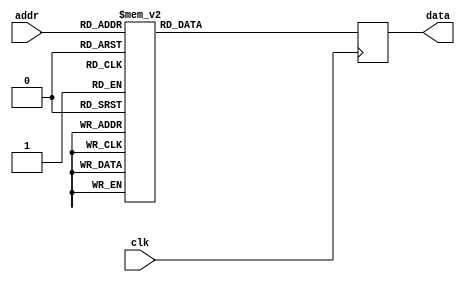
module mems_rom_9 (
    input clk,
    input [8:0] addr,
    // input [7:0] delta_A,
    // input [7:0] delta_B,
    // input [7:0] delta_C,
    // input [7:0] delta_D,
    output [23:0] data
  );
 
  reg [23:0] rom_data [481:0];
  reg [23:0] data_d, data_q;
 
  assign data = data_q;
 
  always @(*) begin

  // OLDVI STYLE
  // rom_data[0] = 24'b001010000000000000000001; // SOFT_RESET;
  // rom_data[1] = 24'b001101110011111111111111;//1111; // LDAC SETUP

  // rom_data[2] = {8'b00010000, delta_A, 8'b00011111}; // CH A
  // rom_data[3] = {8'b00010001, delta_B, 8'b00000000}; // CH B
  // rom_data[4] = {8'b00010010, delta_C, 8'b00011111}; // CH C
  // rom_data[5] = {8'b00010011, delta_D, 8'b00000000}; // CH D

  // NEW
    rom_data[0] = 24'b001010000000000000000001; // SOFT_RESET;
    rom_data[1] = 24'b001101110011111111110000;//1111; // LDAC SETUP

    // rom_data[2] = {8'b00000000, delta_A, 8'b00000000}; // CH A
    // rom_data[3] = {8'b00000001, delta_B, 8'b00000000}; // CH B
    // rom_data[4] = {8'b00000010, delta_C, 8'b00000000}; // CH C
    // rom_data[5] = {8'b00010011, delta_D, 8'b00000000}; // CH D

    rom_data[2]={8'b00000000,8'b01010000,8'b00000000};
    rom_data[6]={8'b00000000,8'b01011101,8'b00000000};
    rom_data[10]={8'b00000000,8'b01101001,8'b00000000};
    rom_data[14]={8'b00000000,8'b01110100,8'b00000000};
    rom_data[18]={8'b00000000,8'b01111110,8'b00000000};
    rom_data[22]={8'b00000000,8'b10000101,8'b00000000};
    rom_data[26]={8'b00000000,8'b10001010,8'b00000000};
    rom_data[30]={8'b00000000,8'b10001100,8'b00000000};
    rom_data[34]={8'b00000000,8'b10001011,8'b00000000};
    rom_data[38]={8'b00000000,8'b10001000,8'b00000000};
    rom_data[42]={8'b00000000,8'b10000010,8'b00000000};
    rom_data[46]={8'b00000000,8'b01111001,8'b00000000};
    rom_data[50]={8'b00000000,8'b01101111,8'b00000000};
    rom_data[54]={8'b00000000,8'b01100011,8'b00000000};
    rom_data[58]={8'b00000000,8'b01010110,8'b00000000};
    rom_data[62]={8'b00000000,8'b01001010,8'b00000000};
    rom_data[66]={8'b00000000,8'b00111101,8'b00000000};
    rom_data[70]={8'b00000000,8'b00110001,8'b00000000};
    rom_data[74]={8'b00000000,8'b00100111,8'b00000000};
    rom_data[78]={8'b00000000,8'b00011110,8'b00000000};
    rom_data[82]={8'b00000000,8'b00011000,8'b00000000};
    rom_data[86]={8'b00000000,8'b00010101,8'b00000000};
    rom_data[90]={8'b00000000,8'b00010100,8'b00000000};
    rom_data[94]={8'b00000000,8'b00010110,8'b00000000};
    rom_data[98]={8'b00000000,8'b00011011,8'b00000000};
    rom_data[102]={8'b00000000,8'b00100010,8'b00000000};
    rom_data[106]={8'b00000000,8'b00101100,8'b00000000};
    rom_data[110]={8'b00000000,8'b00110111,8'b00000000};
    rom_data[114]={8'b00000000,8'b01000011,8'b00000000};
    rom_data[118]={8'b00000000,8'b01010000,8'b00000000};
    rom_data[122]={8'b00000000,8'b01010000,8'b00000000};
    rom_data[126]={8'b00000000,8'b01011101,8'b00000000};
    rom_data[130]={8'b00000000,8'b01101001,8'b00000000};
    rom_data[134]={8'b00000000,8'b01110100,8'b00000000};
    rom_data[138]={8'b00000000,8'b01111110,8'b00000000};
    rom_data[142]={8'b00000000,8'b10000101,8'b00000000};
    rom_data[146]={8'b00000000,8'b10001010,8'b00000000};
    rom_data[150]={8'b00000000,8'b10001100,8'b00000000};
    rom_data[154]={8'b00000000,8'b10001011,8'b00000000};
    rom_data[158]={8'b00000000,8'b10001000,8'b00000000};
    rom_data[162]={8'b00000000,8'b10000010,8'b00000000};
    rom_data[166]={8'b00000000,8'b01111001,8'b00000000};
    rom_data[170]={8'b00000000,8'b01101111,8'b00000000};
    rom_data[174]={8'b00000000,8'b01100011,8'b00000000};
    rom_data[178]={8'b00000000,8'b01010110,8'b00000000};
    rom_data[182]={8'b00000000,8'b01001010,8'b00000000};
    rom_data[186]={8'b00000000,8'b00111101,8'b00000000};
    rom_data[190]={8'b00000000,8'b00110001,8'b00000000};
    rom_data[194]={8'b00000000,8'b00100111,8'b00000000};
    rom_data[198]={8'b00000000,8'b00011110,8'b00000000};
    rom_data[202]={8'b00000000,8'b00011000,8'b00000000};
    rom_data[206]={8'b00000000,8'b00010101,8'b00000000};
    rom_data[210]={8'b00000000,8'b00010100,8'b00000000};
    rom_data[214]={8'b00000000,8'b00010110,8'b00000000};
    rom_data[218]={8'b00000000,8'b00011011,8'b00000000};
    rom_data[222]={8'b00000000,8'b00100010,8'b00000000};
    rom_data[226]={8'b00000000,8'b00101100,8'b00000000};
    rom_data[230]={8'b00000000,8'b00110111,8'b00000000};
    rom_data[234]={8'b00000000,8'b01000011,8'b00000000};
    rom_data[238]={8'b00000000,8'b01010000,8'b00000000};
    rom_data[242]={8'b00000000,8'b01010000,8'b00000000};
    rom_data[246]={8'b00000000,8'b01011101,8'b00000000};
    rom_data[250]={8'b00000000,8'b01101001,8'b00000000};
    rom_data[254]={8'b00000000,8'b01110100,8'b00000000};
    rom_data[258]={8'b00000000,8'b01111110,8'b00000000};
    rom_data[262]={8'b00000000,8'b10000101,8'b00000000};
    rom_data[266]={8'b00000000,8'b10001010,8'b00000000};
    rom_data[270]={8'b00000000,8'b10001100,8'b00000000};
    rom_data[274]={8'b00000000,8'b10001011,8'b00000000};
    rom_data[278]={8'b00000000,8'b10001000,8'b00000000};
    rom_data[282]={8'b00000000,8'b10000010,8'b00000000};
    rom_data[286]={8'b00000000,8'b01111001,8'b00000000};
    rom_data[290]={8'b00000000,8'b01101111,8'b00000000};
    rom_data[294]={8'b00000000,8'b01100011,8'b00000000};
    rom_data[298]={8'b00000000,8'b01010110,8'b00000000};
    rom_data[302]={8'b00000000,8'b01001010,8'b00000000};
    rom_data[306]={8'b00000000,8'b00111101,8'b00000000};
    rom_data[310]={8'b00000000,8'b00110001,8'b00000000};
    rom_data[314]={8'b00000000,8'b00100111,8'b00000000};
    rom_data[318]={8'b00000000,8'b00011110,8'b00000000};
    rom_data[322]={8'b00000000,8'b00011000,8'b00000000};
    rom_data[326]={8'b00000000,8'b00010101,8'b00000000};
    rom_data[330]={8'b00000000,8'b00010100,8'b00000000};
    rom_data[334]={8'b00000000,8'b00010110,8'b00000000};
    rom_data[338]={8'b00000000,8'b00011011,8'b00000000};
    rom_data[342]={8'b00000000,8'b00100010,8'b00000000};
    rom_data[346]={8'b00000000,8'b00101100,8'b00000000};
    rom_data[350]={8'b00000000,8'b00110111,8'b00000000};
    rom_data[354]={8'b00000000,8'b01000011,8'b00000000};
    rom_data[358]={8'b00000000,8'b01010000,8'b00000000};
    rom_data[362]={8'b00000000,8'b01010000,8'b00000000};
    rom_data[366]={8'b00000000,8'b01011101,8'b00000000};
    rom_data[370]={8'b00000000,8'b01101001,8'b00000000};
    rom_data[374]={8'b00000000,8'b01110100,8'b00000000};
    rom_data[378]={8'b00000000,8'b01111110,8'b00000000};
    rom_data[382]={8'b00000000,8'b10000101,8'b00000000};
    rom_data[386]={8'b00000000,8'b10001010,8'b00000000};
    rom_data[390]={8'b00000000,8'b10001100,8'b00000000};
    rom_data[394]={8'b00000000,8'b10001011,8'b00000000};
    rom_data[398]={8'b00000000,8'b10001000,8'b00000000};
    rom_data[402]={8'b00000000,8'b10000010,8'b00000000};
    rom_data[406]={8'b00000000,8'b01111001,8'b00000000};
    rom_data[410]={8'b00000000,8'b01101111,8'b00000000};
    rom_data[414]={8'b00000000,8'b01100011,8'b00000000};
    rom_data[418]={8'b00000000,8'b01010110,8'b00000000};
    rom_data[422]={8'b00000000,8'b01001010,8'b00000000};
    rom_data[426]={8'b00000000,8'b00111101,8'b00000000};
    rom_data[430]={8'b00000000,8'b00110001,8'b00000000};
    rom_data[434]={8'b00000000,8'b00100111,8'b00000000};
    rom_data[438]={8'b00000000,8'b00011110,8'b00000000};
    rom_data[442]={8'b00000000,8'b00011000,8'b00000000};
    rom_data[446]={8'b00000000,8'b00010101,8'b00000000};
    rom_data[450]={8'b00000000,8'b00010100,8'b00000000};
    rom_data[454]={8'b00000000,8'b00010110,8'b00000000};
    rom_data[458]={8'b00000000,8'b00011011,8'b00000000};
    rom_data[462]={8'b00000000,8'b00100010,8'b00000000};
    rom_data[466]={8'b00000000,8'b00101100,8'b00000000};
    rom_data[470]={8'b00000000,8'b00110111,8'b00000000};
    rom_data[474]={8'b00000000,8'b01000011,8'b00000000};
    rom_data[478]={8'b00000000,8'b01010000,8'b00000000};
    rom_data[3]={8'b00000001,8'b01010000,8'b00000000};
    rom_data[7]={8'b00000001,8'b01000011,8'b00000000};
    rom_data[11]={8'b00000001,8'b00110111,8'b00000000};
    rom_data[15]={8'b00000001,8'b00101100,8'b00000000};
    rom_data[19]={8'b00000001,8'b00100010,8'b00000000};
    rom_data[23]={8'b00000001,8'b00011011,8'b00000000};
    rom_data[27]={8'b00000001,8'b00010110,8'b00000000};
    rom_data[31]={8'b00000001,8'b00010100,8'b00000000};
    rom_data[35]={8'b00000001,8'b00010101,8'b00000000};
    rom_data[39]={8'b00000001,8'b00011000,8'b00000000};
    rom_data[43]={8'b00000001,8'b00011110,8'b00000000};
    rom_data[47]={8'b00000001,8'b00100111,8'b00000000};
    rom_data[51]={8'b00000001,8'b00110001,8'b00000000};
    rom_data[55]={8'b00000001,8'b00111101,8'b00000000};
    rom_data[59]={8'b00000001,8'b01001010,8'b00000000};
    rom_data[63]={8'b00000001,8'b01010110,8'b00000000};
    rom_data[67]={8'b00000001,8'b01100011,8'b00000000};
    rom_data[71]={8'b00000001,8'b01101111,8'b00000000};
    rom_data[75]={8'b00000001,8'b01111001,8'b00000000};
    rom_data[79]={8'b00000001,8'b10000010,8'b00000000};
    rom_data[83]={8'b00000001,8'b10001000,8'b00000000};
    rom_data[87]={8'b00000001,8'b10001011,8'b00000000};
    rom_data[91]={8'b00000001,8'b10001100,8'b00000000};
    rom_data[95]={8'b00000001,8'b10001010,8'b00000000};
    rom_data[99]={8'b00000001,8'b10000101,8'b00000000};
    rom_data[103]={8'b00000001,8'b01111110,8'b00000000};
    rom_data[107]={8'b00000001,8'b01110100,8'b00000000};
    rom_data[111]={8'b00000001,8'b01101001,8'b00000000};
    rom_data[115]={8'b00000001,8'b01011101,8'b00000000};
    rom_data[119]={8'b00000001,8'b01010000,8'b00000000};
    rom_data[123]={8'b00000001,8'b01010000,8'b00000000};
    rom_data[127]={8'b00000001,8'b01000011,8'b00000000};
    rom_data[131]={8'b00000001,8'b00110111,8'b00000000};
    rom_data[135]={8'b00000001,8'b00101100,8'b00000000};
    rom_data[139]={8'b00000001,8'b00100010,8'b00000000};
    rom_data[143]={8'b00000001,8'b00011011,8'b00000000};
    rom_data[147]={8'b00000001,8'b00010110,8'b00000000};
    rom_data[151]={8'b00000001,8'b00010100,8'b00000000};
    rom_data[155]={8'b00000001,8'b00010101,8'b00000000};
    rom_data[159]={8'b00000001,8'b00011000,8'b00000000};
    rom_data[163]={8'b00000001,8'b00011110,8'b00000000};
    rom_data[167]={8'b00000001,8'b00100111,8'b00000000};
    rom_data[171]={8'b00000001,8'b00110001,8'b00000000};
    rom_data[175]={8'b00000001,8'b00111101,8'b00000000};
    rom_data[179]={8'b00000001,8'b01001010,8'b00000000};
    rom_data[183]={8'b00000001,8'b01010110,8'b00000000};
    rom_data[187]={8'b00000001,8'b01100011,8'b00000000};
    rom_data[191]={8'b00000001,8'b01101111,8'b00000000};
    rom_data[195]={8'b00000001,8'b01111001,8'b00000000};
    rom_data[199]={8'b00000001,8'b10000010,8'b00000000};
    rom_data[203]={8'b00000001,8'b10001000,8'b00000000};
    rom_data[207]={8'b00000001,8'b10001011,8'b00000000};
    rom_data[211]={8'b00000001,8'b10001100,8'b00000000};
    rom_data[215]={8'b00000001,8'b10001010,8'b00000000};
    rom_data[219]={8'b00000001,8'b10000101,8'b00000000};
    rom_data[223]={8'b00000001,8'b01111110,8'b00000000};
    rom_data[227]={8'b00000001,8'b01110100,8'b00000000};
    rom_data[231]={8'b00000001,8'b01101001,8'b00000000};
    rom_data[235]={8'b00000001,8'b01011101,8'b00000000};
    rom_data[239]={8'b00000001,8'b01010000,8'b00000000};
    rom_data[243]={8'b00000001,8'b01010000,8'b00000000};
    rom_data[247]={8'b00000001,8'b01000011,8'b00000000};
    rom_data[251]={8'b00000001,8'b00110111,8'b00000000};
    rom_data[255]={8'b00000001,8'b00101100,8'b00000000};
    rom_data[259]={8'b00000001,8'b00100010,8'b00000000};
    rom_data[263]={8'b00000001,8'b00011011,8'b00000000};
    rom_data[267]={8'b00000001,8'b00010110,8'b00000000};
    rom_data[271]={8'b00000001,8'b00010100,8'b00000000};
    rom_data[275]={8'b00000001,8'b00010101,8'b00000000};
    rom_data[279]={8'b00000001,8'b00011000,8'b00000000};
    rom_data[283]={8'b00000001,8'b00011110,8'b00000000};
    rom_data[287]={8'b00000001,8'b00100111,8'b00000000};
    rom_data[291]={8'b00000001,8'b00110001,8'b00000000};
    rom_data[295]={8'b00000001,8'b00111101,8'b00000000};
    rom_data[299]={8'b00000001,8'b01001010,8'b00000000};
    rom_data[303]={8'b00000001,8'b01010110,8'b00000000};
    rom_data[307]={8'b00000001,8'b01100011,8'b00000000};
    rom_data[311]={8'b00000001,8'b01101111,8'b00000000};
    rom_data[315]={8'b00000001,8'b01111001,8'b00000000};
    rom_data[319]={8'b00000001,8'b10000010,8'b00000000};
    rom_data[323]={8'b00000001,8'b10001000,8'b00000000};
    rom_data[327]={8'b00000001,8'b10001011,8'b00000000};
    rom_data[331]={8'b00000001,8'b10001100,8'b00000000};
    rom_data[335]={8'b00000001,8'b10001010,8'b00000000};
    rom_data[339]={8'b00000001,8'b10000101,8'b00000000};
    rom_data[343]={8'b00000001,8'b01111110,8'b00000000};
    rom_data[347]={8'b00000001,8'b01110100,8'b00000000};
    rom_data[351]={8'b00000001,8'b01101001,8'b00000000};
    rom_data[355]={8'b00000001,8'b01011101,8'b00000000};
    rom_data[359]={8'b00000001,8'b01010000,8'b00000000};
    rom_data[363]={8'b00000001,8'b01010000,8'b00000000};
    rom_data[367]={8'b00000001,8'b01000011,8'b00000000};
    rom_data[371]={8'b00000001,8'b00110111,8'b00000000};
    rom_data[375]={8'b00000001,8'b00101100,8'b00000000};
    rom_data[379]={8'b00000001,8'b00100010,8'b00000000};
    rom_data[383]={8'b00000001,8'b00011011,8'b00000000};
    rom_data[387]={8'b00000001,8'b00010110,8'b00000000};
    rom_data[391]={8'b00000001,8'b00010100,8'b00000000};
    rom_data[395]={8'b00000001,8'b00010101,8'b00000000};
    rom_data[399]={8'b00000001,8'b00011000,8'b00000000};
    rom_data[403]={8'b00000001,8'b00011110,8'b00000000};
    rom_data[407]={8'b00000001,8'b00100111,8'b00000000};
    rom_data[411]={8'b00000001,8'b00110001,8'b00000000};
    rom_data[415]={8'b00000001,8'b00111101,8'b00000000};
    rom_data[419]={8'b00000001,8'b01001010,8'b00000000};
    rom_data[423]={8'b00000001,8'b01010110,8'b00000000};
    rom_data[427]={8'b00000001,8'b01100011,8'b00000000};
    rom_data[431]={8'b00000001,8'b01101111,8'b00000000};
    rom_data[435]={8'b00000001,8'b01111001,8'b00000000};
    rom_data[439]={8'b00000001,8'b10000010,8'b00000000};
    rom_data[443]={8'b00000001,8'b10001000,8'b00000000};
    rom_data[447]={8'b00000001,8'b10001011,8'b00000000};
    rom_data[451]={8'b00000001,8'b10001100,8'b00000000};
    rom_data[455]={8'b00000001,8'b10001010,8'b00000000};
    rom_data[459]={8'b00000001,8'b10000101,8'b00000000};
    rom_data[463]={8'b00000001,8'b01111110,8'b00000000};
    rom_data[467]={8'b00000001,8'b01110100,8'b00000000};
    rom_data[471]={8'b00000001,8'b01101001,8'b00000000};
    rom_data[475]={8'b00000001,8'b01011101,8'b00000000};
    rom_data[479]={8'b00000001,8'b01010000,8'b00000000};
    rom_data[4]={8'b00000010,8'b00010100,8'b00000000};
    rom_data[8]={8'b00000010,8'b00010101,8'b00000000};
    rom_data[12]={8'b00000010,8'b00010110,8'b00000000};
    rom_data[16]={8'b00000010,8'b00010111,8'b00000000};
    rom_data[20]={8'b00000010,8'b00011000,8'b00000000};
    rom_data[24]={8'b00000010,8'b00011001,8'b00000000};
    rom_data[28]={8'b00000010,8'b00011010,8'b00000000};
    rom_data[32]={8'b00000010,8'b00011011,8'b00000000};
    rom_data[36]={8'b00000010,8'b00011100,8'b00000000};
    rom_data[40]={8'b00000010,8'b00011101,8'b00000000};
    rom_data[44]={8'b00000010,8'b00011110,8'b00000000};
    rom_data[48]={8'b00000010,8'b00011111,8'b00000000};
    rom_data[52]={8'b00000010,8'b00100000,8'b00000000};
    rom_data[56]={8'b00000010,8'b00100001,8'b00000000};
    rom_data[60]={8'b00000010,8'b00100010,8'b00000000};
    rom_data[64]={8'b00000010,8'b00100011,8'b00000000};
    rom_data[68]={8'b00000010,8'b00100100,8'b00000000};
    rom_data[72]={8'b00000010,8'b00100101,8'b00000000};
    rom_data[76]={8'b00000010,8'b00100110,8'b00000000};
    rom_data[80]={8'b00000010,8'b00100111,8'b00000000};
    rom_data[84]={8'b00000010,8'b00101000,8'b00000000};
    rom_data[88]={8'b00000010,8'b00101001,8'b00000000};
    rom_data[92]={8'b00000010,8'b00101010,8'b00000000};
    rom_data[96]={8'b00000010,8'b00101011,8'b00000000};
    rom_data[100]={8'b00000010,8'b00101100,8'b00000000};
    rom_data[104]={8'b00000010,8'b00101101,8'b00000000};
    rom_data[108]={8'b00000010,8'b00101110,8'b00000000};
    rom_data[112]={8'b00000010,8'b00101111,8'b00000000};
    rom_data[116]={8'b00000010,8'b00110000,8'b00000000};
    rom_data[120]={8'b00000010,8'b00110001,8'b00000000};
    rom_data[124]={8'b00000010,8'b00110010,8'b00000000};
    rom_data[128]={8'b00000010,8'b00110011,8'b00000000};
    rom_data[132]={8'b00000010,8'b00110100,8'b00000000};
    rom_data[136]={8'b00000010,8'b00110101,8'b00000000};
    rom_data[140]={8'b00000010,8'b00110110,8'b00000000};
    rom_data[144]={8'b00000010,8'b00110111,8'b00000000};
    rom_data[148]={8'b00000010,8'b00111000,8'b00000000};
    rom_data[152]={8'b00000010,8'b00111001,8'b00000000};
    rom_data[156]={8'b00000010,8'b00111010,8'b00000000};
    rom_data[160]={8'b00000010,8'b00111011,8'b00000000};
    rom_data[164]={8'b00000010,8'b00111100,8'b00000000};
    rom_data[168]={8'b00000010,8'b00111101,8'b00000000};
    rom_data[172]={8'b00000010,8'b00111110,8'b00000000};
    rom_data[176]={8'b00000010,8'b00111111,8'b00000000};
    rom_data[180]={8'b00000010,8'b01000000,8'b00000000};
    rom_data[184]={8'b00000010,8'b01000001,8'b00000000};
    rom_data[188]={8'b00000010,8'b01000010,8'b00000000};
    rom_data[192]={8'b00000010,8'b01000011,8'b00000000};
    rom_data[196]={8'b00000010,8'b01000100,8'b00000000};
    rom_data[200]={8'b00000010,8'b01000101,8'b00000000};
    rom_data[204]={8'b00000010,8'b01000110,8'b00000000};
    rom_data[208]={8'b00000010,8'b01000111,8'b00000000};
    rom_data[212]={8'b00000010,8'b01001000,8'b00000000};
    rom_data[216]={8'b00000010,8'b01001001,8'b00000000};
    rom_data[220]={8'b00000010,8'b01001010,8'b00000000};
    rom_data[224]={8'b00000010,8'b01001011,8'b00000000};
    rom_data[228]={8'b00000010,8'b01001100,8'b00000000};
    rom_data[232]={8'b00000010,8'b01001101,8'b00000000};
    rom_data[236]={8'b00000010,8'b01001110,8'b00000000};
    rom_data[240]={8'b00000010,8'b01001111,8'b00000000};
    rom_data[244]={8'b00000010,8'b01010001,8'b00000000};
    rom_data[248]={8'b00000010,8'b01010010,8'b00000000};
    rom_data[252]={8'b00000010,8'b01010011,8'b00000000};
    rom_data[256]={8'b00000010,8'b01010100,8'b00000000};
    rom_data[260]={8'b00000010,8'b01010101,8'b00000000};
    rom_data[264]={8'b00000010,8'b01010110,8'b00000000};
    rom_data[268]={8'b00000010,8'b01010111,8'b00000000};
    rom_data[272]={8'b00000010,8'b01011000,8'b00000000};
    rom_data[276]={8'b00000010,8'b01011001,8'b00000000};
    rom_data[280]={8'b00000010,8'b01011010,8'b00000000};
    rom_data[284]={8'b00000010,8'b01011011,8'b00000000};
    rom_data[288]={8'b00000010,8'b01011100,8'b00000000};
    rom_data[292]={8'b00000010,8'b01011101,8'b00000000};
    rom_data[296]={8'b00000010,8'b01011110,8'b00000000};
    rom_data[300]={8'b00000010,8'b01011111,8'b00000000};
    rom_data[304]={8'b00000010,8'b01100000,8'b00000000};
    rom_data[308]={8'b00000010,8'b01100001,8'b00000000};
    rom_data[312]={8'b00000010,8'b01100010,8'b00000000};
    rom_data[316]={8'b00000010,8'b01100011,8'b00000000};
    rom_data[320]={8'b00000010,8'b01100100,8'b00000000};
    rom_data[324]={8'b00000010,8'b01100101,8'b00000000};
    rom_data[328]={8'b00000010,8'b01100110,8'b00000000};
    rom_data[332]={8'b00000010,8'b01100111,8'b00000000};
    rom_data[336]={8'b00000010,8'b01101000,8'b00000000};
    rom_data[340]={8'b00000010,8'b01101001,8'b00000000};
    rom_data[344]={8'b00000010,8'b01101010,8'b00000000};
    rom_data[348]={8'b00000010,8'b01101011,8'b00000000};
    rom_data[352]={8'b00000010,8'b01101100,8'b00000000};
    rom_data[356]={8'b00000010,8'b01101101,8'b00000000};
    rom_data[360]={8'b00000010,8'b01101110,8'b00000000};
    rom_data[364]={8'b00000010,8'b01101111,8'b00000000};
    rom_data[368]={8'b00000010,8'b01110000,8'b00000000};
    rom_data[372]={8'b00000010,8'b01110001,8'b00000000};
    rom_data[376]={8'b00000010,8'b01110010,8'b00000000};
    rom_data[380]={8'b00000010,8'b01110011,8'b00000000};
    rom_data[384]={8'b00000010,8'b01110100,8'b00000000};
    rom_data[388]={8'b00000010,8'b01110101,8'b00000000};
    rom_data[392]={8'b00000010,8'b01110110,8'b00000000};
    rom_data[396]={8'b00000010,8'b01110111,8'b00000000};
    rom_data[400]={8'b00000010,8'b01111000,8'b00000000};
    rom_data[404]={8'b00000010,8'b01111001,8'b00000000};
    rom_data[408]={8'b00000010,8'b01111010,8'b00000000};
    rom_data[412]={8'b00000010,8'b01111011,8'b00000000};
    rom_data[416]={8'b00000010,8'b01111100,8'b00000000};
    rom_data[420]={8'b00000010,8'b01111101,8'b00000000};
    rom_data[424]={8'b00000010,8'b01111110,8'b00000000};
    rom_data[428]={8'b00000010,8'b01111111,8'b00000000};
    rom_data[432]={8'b00000010,8'b10000000,8'b00000000};
    rom_data[436]={8'b00000010,8'b10000001,8'b00000000};
    rom_data[440]={8'b00000010,8'b10000010,8'b00000000};
    rom_data[444]={8'b00000010,8'b10000011,8'b00000000};
    rom_data[448]={8'b00000010,8'b10000100,8'b00000000};
    rom_data[452]={8'b00000010,8'b10000101,8'b00000000};
    rom_data[456]={8'b00000010,8'b10000110,8'b00000000};
    rom_data[460]={8'b00000010,8'b10000111,8'b00000000};
    rom_data[464]={8'b00000010,8'b10001000,8'b00000000};
    rom_data[468]={8'b00000010,8'b10001001,8'b00000000};
    rom_data[472]={8'b00000010,8'b10001010,8'b00000000};
    rom_data[476]={8'b00000010,8'b10001011,8'b00000000};
    rom_data[480]={8'b00000010,8'b10001100,8'b00000000};
    rom_data[5]={8'b00010011,8'b10001100,8'b00000000};
    rom_data[9]={8'b00010011,8'b10001011,8'b00000000};
    rom_data[13]={8'b00010011,8'b10001010,8'b00000000};
    rom_data[17]={8'b00010011,8'b10001001,8'b00000000};
    rom_data[21]={8'b00010011,8'b10001000,8'b00000000};
    rom_data[25]={8'b00010011,8'b10000111,8'b00000000};
    rom_data[29]={8'b00010011,8'b10000110,8'b00000000};
    rom_data[33]={8'b00010011,8'b10000101,8'b00000000};
    rom_data[37]={8'b00010011,8'b10000100,8'b00000000};
    rom_data[41]={8'b00010011,8'b10000011,8'b00000000};
    rom_data[45]={8'b00010011,8'b10000010,8'b00000000};
    rom_data[49]={8'b00010011,8'b10000001,8'b00000000};
    rom_data[53]={8'b00010011,8'b10000000,8'b00000000};
    rom_data[57]={8'b00010011,8'b01111111,8'b00000000};
    rom_data[61]={8'b00010011,8'b01111110,8'b00000000};
    rom_data[65]={8'b00010011,8'b01111101,8'b00000000};
    rom_data[69]={8'b00010011,8'b01111100,8'b00000000};
    rom_data[73]={8'b00010011,8'b01111011,8'b00000000};
    rom_data[77]={8'b00010011,8'b01111010,8'b00000000};
    rom_data[81]={8'b00010011,8'b01111001,8'b00000000};
    rom_data[85]={8'b00010011,8'b01111000,8'b00000000};
    rom_data[89]={8'b00010011,8'b01110111,8'b00000000};
    rom_data[93]={8'b00010011,8'b01110110,8'b00000000};
    rom_data[97]={8'b00010011,8'b01110101,8'b00000000};
    rom_data[101]={8'b00010011,8'b01110100,8'b00000000};
    rom_data[105]={8'b00010011,8'b01110011,8'b00000000};
    rom_data[109]={8'b00010011,8'b01110010,8'b00000000};
    rom_data[113]={8'b00010011,8'b01110001,8'b00000000};
    rom_data[117]={8'b00010011,8'b01110000,8'b00000000};
    rom_data[121]={8'b00010011,8'b01101111,8'b00000000};
    rom_data[125]={8'b00010011,8'b01101110,8'b00000000};
    rom_data[129]={8'b00010011,8'b01101101,8'b00000000};
    rom_data[133]={8'b00010011,8'b01101100,8'b00000000};
    rom_data[137]={8'b00010011,8'b01101011,8'b00000000};
    rom_data[141]={8'b00010011,8'b01101010,8'b00000000};
    rom_data[145]={8'b00010011,8'b01101001,8'b00000000};
    rom_data[149]={8'b00010011,8'b01101000,8'b00000000};
    rom_data[153]={8'b00010011,8'b01100111,8'b00000000};
    rom_data[157]={8'b00010011,8'b01100110,8'b00000000};
    rom_data[161]={8'b00010011,8'b01100101,8'b00000000};
    rom_data[165]={8'b00010011,8'b01100100,8'b00000000};
    rom_data[169]={8'b00010011,8'b01100011,8'b00000000};
    rom_data[173]={8'b00010011,8'b01100010,8'b00000000};
    rom_data[177]={8'b00010011,8'b01100001,8'b00000000};
    rom_data[181]={8'b00010011,8'b01100000,8'b00000000};
    rom_data[185]={8'b00010011,8'b01011111,8'b00000000};
    rom_data[189]={8'b00010011,8'b01011110,8'b00000000};
    rom_data[193]={8'b00010011,8'b01011101,8'b00000000};
    rom_data[197]={8'b00010011,8'b01011100,8'b00000000};
    rom_data[201]={8'b00010011,8'b01011011,8'b00000000};
    rom_data[205]={8'b00010011,8'b01011010,8'b00000000};
    rom_data[209]={8'b00010011,8'b01011001,8'b00000000};
    rom_data[213]={8'b00010011,8'b01011000,8'b00000000};
    rom_data[217]={8'b00010011,8'b01010111,8'b00000000};
    rom_data[221]={8'b00010011,8'b01010110,8'b00000000};
    rom_data[225]={8'b00010011,8'b01010101,8'b00000000};
    rom_data[229]={8'b00010011,8'b01010100,8'b00000000};
    rom_data[233]={8'b00010011,8'b01010011,8'b00000000};
    rom_data[237]={8'b00010011,8'b01010010,8'b00000000};
    rom_data[241]={8'b00010011,8'b01010001,8'b00000000};
    rom_data[245]={8'b00010011,8'b01001111,8'b00000000};
    rom_data[249]={8'b00010011,8'b01001110,8'b00000000};
    rom_data[253]={8'b00010011,8'b01001101,8'b00000000};
    rom_data[257]={8'b00010011,8'b01001100,8'b00000000};
    rom_data[261]={8'b00010011,8'b01001011,8'b00000000};
    rom_data[265]={8'b00010011,8'b01001010,8'b00000000};
    rom_data[269]={8'b00010011,8'b01001001,8'b00000000};
    rom_data[273]={8'b00010011,8'b01001000,8'b00000000};
    rom_data[277]={8'b00010011,8'b01000111,8'b00000000};
    rom_data[281]={8'b00010011,8'b01000110,8'b00000000};
    rom_data[285]={8'b00010011,8'b01000101,8'b00000000};
    rom_data[289]={8'b00010011,8'b01000100,8'b00000000};
    rom_data[293]={8'b00010011,8'b01000011,8'b00000000};
    rom_data[297]={8'b00010011,8'b01000010,8'b00000000};
    rom_data[301]={8'b00010011,8'b01000001,8'b00000000};
    rom_data[305]={8'b00010011,8'b01000000,8'b00000000};
    rom_data[309]={8'b00010011,8'b00111111,8'b00000000};
    rom_data[313]={8'b00010011,8'b00111110,8'b00000000};
    rom_data[317]={8'b00010011,8'b00111101,8'b00000000};
    rom_data[321]={8'b00010011,8'b00111100,8'b00000000};
    rom_data[325]={8'b00010011,8'b00111011,8'b00000000};
    rom_data[329]={8'b00010011,8'b00111010,8'b00000000};
    rom_data[333]={8'b00010011,8'b00111001,8'b00000000};
    rom_data[337]={8'b00010011,8'b00111000,8'b00000000};
    rom_data[341]={8'b00010011,8'b00110111,8'b00000000};
    rom_data[345]={8'b00010011,8'b00110110,8'b00000000};
    rom_data[349]={8'b00010011,8'b00110101,8'b00000000};
    rom_data[353]={8'b00010011,8'b00110100,8'b00000000};
    rom_data[357]={8'b00010011,8'b00110011,8'b00000000};
    rom_data[361]={8'b00010011,8'b00110010,8'b00000000};
    rom_data[365]={8'b00010011,8'b00110001,8'b00000000};
    rom_data[369]={8'b00010011,8'b00110000,8'b00000000};
    rom_data[373]={8'b00010011,8'b00101111,8'b00000000};
    rom_data[377]={8'b00010011,8'b00101110,8'b00000000};
    rom_data[381]={8'b00010011,8'b00101101,8'b00000000};
    rom_data[385]={8'b00010011,8'b00101100,8'b00000000};
    rom_data[389]={8'b00010011,8'b00101011,8'b00000000};
    rom_data[393]={8'b00010011,8'b00101010,8'b00000000};
    rom_data[397]={8'b00010011,8'b00101001,8'b00000000};
    rom_data[401]={8'b00010011,8'b00101000,8'b00000000};
    rom_data[405]={8'b00010011,8'b00100111,8'b00000000};
    rom_data[409]={8'b00010011,8'b00100110,8'b00000000};
    rom_data[413]={8'b00010011,8'b00100101,8'b00000000};
    rom_data[417]={8'b00010011,8'b00100100,8'b00000000};
    rom_data[421]={8'b00010011,8'b00100011,8'b00000000};
    rom_data[425]={8'b00010011,8'b00100010,8'b00000000};
    rom_data[429]={8'b00010011,8'b00100001,8'b00000000};
    rom_data[433]={8'b00010011,8'b00100000,8'b00000000};
    rom_data[437]={8'b00010011,8'b00011111,8'b00000000};
    rom_data[441]={8'b00010011,8'b00011110,8'b00000000};
    rom_data[445]={8'b00010011,8'b00011101,8'b00000000};
    rom_data[449]={8'b00010011,8'b00011100,8'b00000000};
    rom_data[453]={8'b00010011,8'b00011011,8'b00000000};
    rom_data[457]={8'b00010011,8'b00011010,8'b00000000};
    rom_data[461]={8'b00010011,8'b00011001,8'b00000000};
    rom_data[465]={8'b00010011,8'b00011000,8'b00000000};
    rom_data[469]={8'b00010011,8'b00010111,8'b00000000};
    rom_data[473]={8'b00010011,8'b00010110,8'b00000000};
    rom_data[477]={8'b00010011,8'b00010101,8'b00000000};
    rom_data[481]={8'b00010011,8'b00010100,8'b00000000};

    data_d = rom_data[addr];
  end
 

  always @(posedge clk) begin
    data_q <= data_d;
  end
 
endmodule